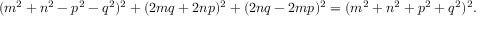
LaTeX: ( m ^ { 2 } + n ^ { 2 } - p ^ { 2 } - q ^ { 2 } ) ^ { 2 } + ( 2 m q + 2 n p ) ^ { 2 } + ( 2 n q - 2 m p ) ^ { 2 } = ( m ^ { 2 } + n ^ { 2 } + p ^ { 2 } + q ^ { 2 } ) ^ { 2 } .